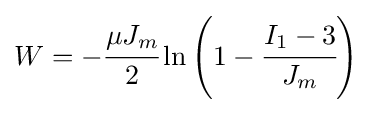
W=-{\cfrac {\mu J_{m}}{2}}\ln \left(1-{\cfrac {I_{1}-3}{J_{m}}}\right)